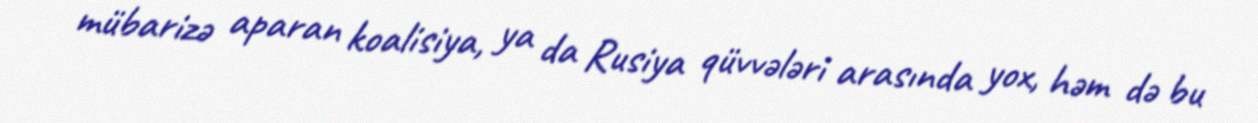
mübarizə aparan koalisiya, ya da Rusiya qüvvələri arasında yox, həm də bu